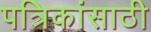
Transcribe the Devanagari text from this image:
पत्रिकांसाठी